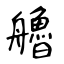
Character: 艪